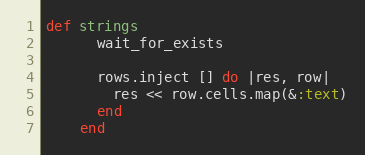
Language: Ruby
def strings
      wait_for_exists

      rows.inject [] do |res, row|
        res << row.cells.map(&:text)
      end
    end